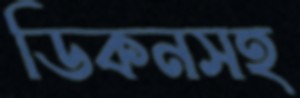
ডিকনসহ